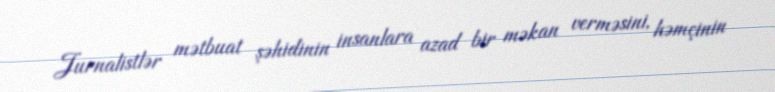
Jurnalistlər mətbuat şəhidinin insanlara azad bir məkan verməsini, həmçinin